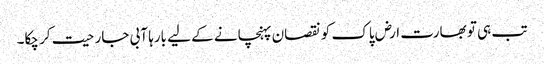
تب ہی تو بھارت ارض پاک کو نقصان پہنچانے کے لیے بارہا آبی جارحیت کر چکا۔